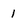
Character: 1